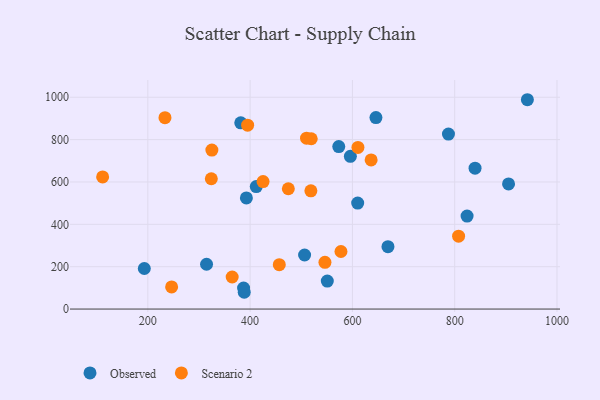
{"axis": {"x": "Speed", "y": "Rating"}, "legend": ["Observed", "Scenario 2"], "data": [{"x": "839.8", "y": 665.3, "type": "Observed"}, {"x": "506.5", "y": 255.1, "type": "Observed"}, {"x": "550.9", "y": 132.3, "type": "Observed"}, {"x": "193.1", "y": 191.5, "type": "Observed"}, {"x": "824.2", "y": 438.8, "type": "Observed"}, {"x": "669.5", "y": 294.4, "type": "Observed"}, {"x": "787.8", "y": 825.9, "type": "Observed"}, {"x": "392.7", "y": 524.8, "type": "Observed"}, {"x": "314.8", "y": 211.4, "type": "Observed"}, {"x": "381.7", "y": 879.2, "type": "Observed"}, {"x": "646.0", "y": 904.0, "type": "Observed"}, {"x": "387.2", "y": 98.8, "type": "Observed"}, {"x": "596.0", "y": 721.3, "type": "Observed"}, {"x": "573.3", "y": 766.9, "type": "Observed"}, {"x": "388.5", "y": 79.2, "type": "Observed"}, {"x": "905.3", "y": 590.9, "type": "Observed"}, {"x": "412.0", "y": 578.2, "type": "Observed"}, {"x": "942.1", "y": 988.3, "type": "Observed"}, {"x": "610.3", "y": 500.3, "type": "Observed"}, {"x": "233.5", "y": 903.4, "type": "Scenario 2"}, {"x": "246.5", "y": 104.5, "type": "Scenario 2"}, {"x": "636.6", "y": 704.1, "type": "Scenario 2"}, {"x": "577.6", "y": 271.8, "type": "Scenario 2"}, {"x": "364.9", "y": 151.4, "type": "Scenario 2"}, {"x": "324.1", "y": 615.1, "type": "Scenario 2"}, {"x": "807.6", "y": 343.9, "type": "Scenario 2"}, {"x": "395.1", "y": 868.3, "type": "Scenario 2"}, {"x": "546.3", "y": 220.4, "type": "Scenario 2"}, {"x": "518.8", "y": 558.3, "type": "Scenario 2"}, {"x": "457.0", "y": 209.6, "type": "Scenario 2"}, {"x": "325.2", "y": 750.4, "type": "Scenario 2"}, {"x": "510.3", "y": 806.6, "type": "Scenario 2"}, {"x": "111.6", "y": 623.7, "type": "Scenario 2"}, {"x": "474.7", "y": 568.0, "type": "Scenario 2"}, {"x": "610.8", "y": 763.3, "type": "Scenario 2"}, {"x": "425.3", "y": 601.9, "type": "Scenario 2"}, {"x": "519.5", "y": 804.0, "type": "Scenario 2"}]}